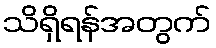
သိရှိရန်အတွက်